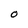
Character: O